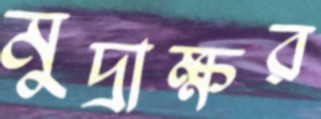
মুদ্রাক্ষর